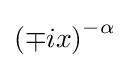
\left(\mp ix\right)^{-\alpha }